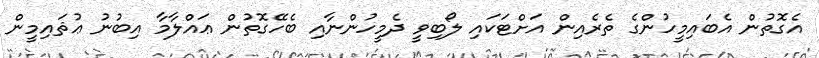
އެގޮތުން އެބައިމީހުންގެ ތެރެއިން އަށްޓަކައި ލޯބިވީ ދެމީހުންނާއި ބެހޭގޮތުން ޢައްލާމާ އިބުނު ޢުޘައިމީން